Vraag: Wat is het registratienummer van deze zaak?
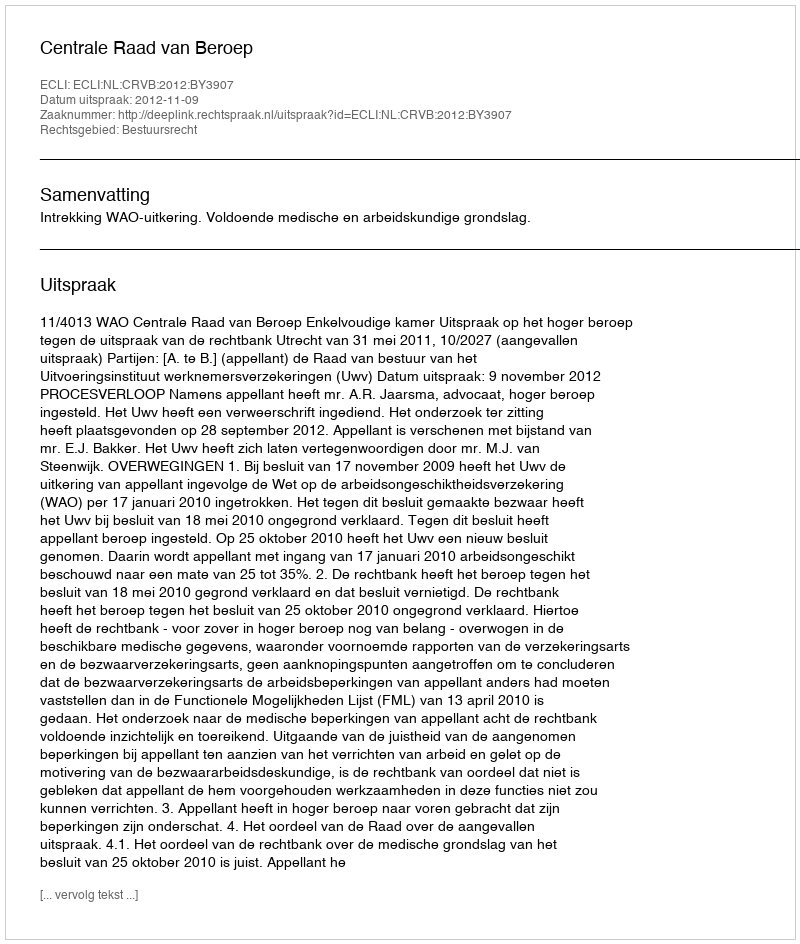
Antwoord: http://deeplink.rechtspraak.nl/uitspraak?id=ECLI:NL:CRVB:2012:BY3907